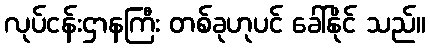
လုပ်ငန်းဌာနကြီး တစ်ခုဟုပင် ခေါ်နိုင် သည်။